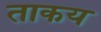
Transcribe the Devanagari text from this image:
ताकय